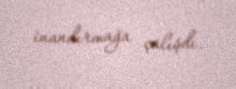
inandırmağa çalışdı.